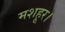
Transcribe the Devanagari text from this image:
मशहूर।